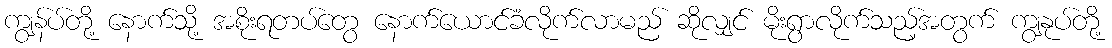
ကျွန်ပ်တို့ နောက်သို့ အစိုးရတပ်တွေ နောက်ယောင်ခံလိုက်လာမည် ဆိုလျှင် မိုးရွာလိုက်သည့်အတွက် ကျွနုပ်တို့